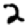
Digit: 2